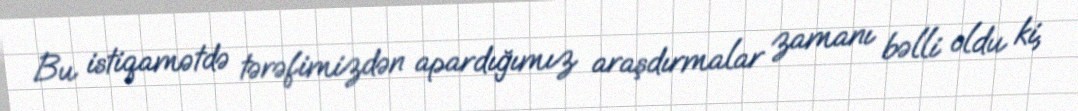
Bu istiqamətdə tərəfimizdən apardığımız araşdırmalar zamanı bəlli oldu ki,